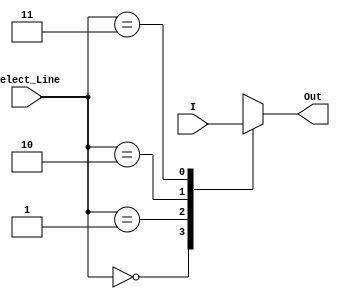
/*
Behavioural Modelling
(Basically, we just need to know how the model should behave,
Just inputs and outputs are sufficient,
we are not concerned with which electronics components we need to use.)
We know that,
Select_Line   Output
00            I[0]
01            I[1]
10            I[2]
11            I[3]
*/

// Note : Module name cannot start with a number, and file name can start with a number
module Four_to_One_Mux(Out,Select_Line,I);
    input [0:3] I;
    input [0:1] Select_Line;
    output reg Out;

    // Below section is executed everytime the input changes or select line changes
    // Note: use @ with always block
    always @(I or Select_Line) begin
        // switch case is used to select the select which input should be fed to the output w.r.t select line
        case(Select_Line)
            2'b00 : Out = I[0];
            2'b01 : Out = I[1];
            2'b10 : Out = I[2];
            2'b11 : Out = I[3];
            default : Out = 1'bx;
        endcase
    end
endmodule



module testbench;
    reg [0:3] I;
    reg [0:1] Select_Line;
    wire Out;

    Four_to_One_Mux m4 (Out, Select_Line, I);

    initial begin
        // monitoring inputs and outputs
        $monitor("4:1 Mux Time =", $time, ", I = %b, Select_Line = %b, Out = %b", I, Select_Line, Out);

        #1 I=12; Select_Line=0;
        #1 I=12; Select_Line=1;
        #1 I=12; Select_Line=2;
        #1 I=12; Select_Line=3;
        #1 I=8; Select_Line=0;
        #1 I=8; Select_Line=1;
        #1 I=8; Select_Line=2;
        #1 I=8; Select_Line=3;
        #1 $finish;
        // TESTED OK
    end    
endmodule